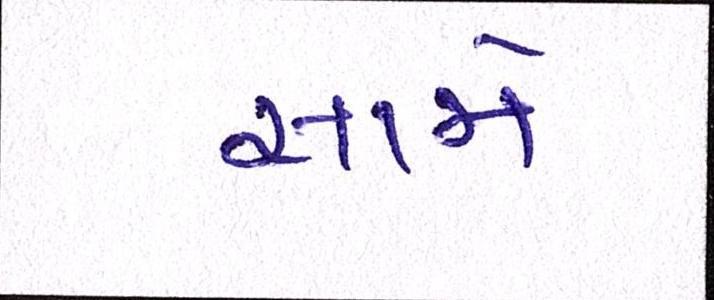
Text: સામે